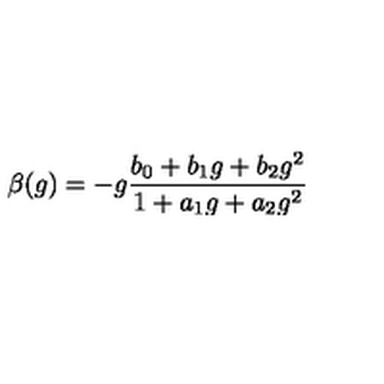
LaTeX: \beta ( g ) = - g \frac { b _ { 0 } + b _ { 1 } g + b _ { 2 } g ^ { 2 } } { 1 + a _ { 1 } g + a _ { 2 } g ^ { 2 } }